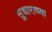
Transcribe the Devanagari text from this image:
सुधाराच्या